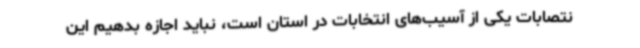
نتصابات یکی از آسیب‌های انتخابات در استان است، نباید اجازه بدهیم این